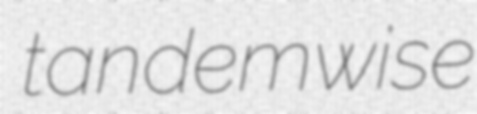
tandemwise